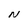
Character: N